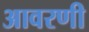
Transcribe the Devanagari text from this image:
आवरणी